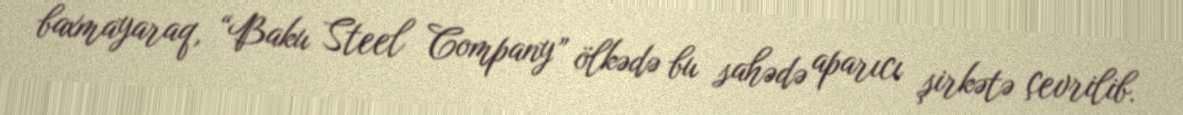
baxmayaraq, “Baku Steel Company” ölkədə bu sahədə aparıcı şirkətə çevrilib.